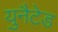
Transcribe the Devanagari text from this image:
युनैटेड